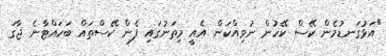
"އަޅުގަނޑުމެން ކޭސް ކޭހުން ނުވިއްކަން. އެއީ މިތަނުގައި ފެން ކޭސްތައް ބަހައްޓާނެ ޖާގަ